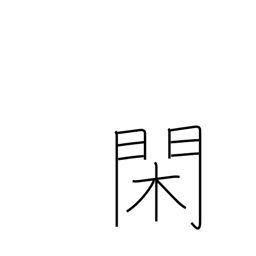
Meaning: leisure